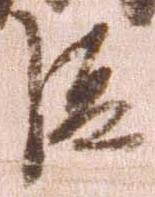
臣